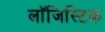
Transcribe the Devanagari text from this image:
लाॅजिस्टिक